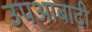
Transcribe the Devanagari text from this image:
उपआबादी